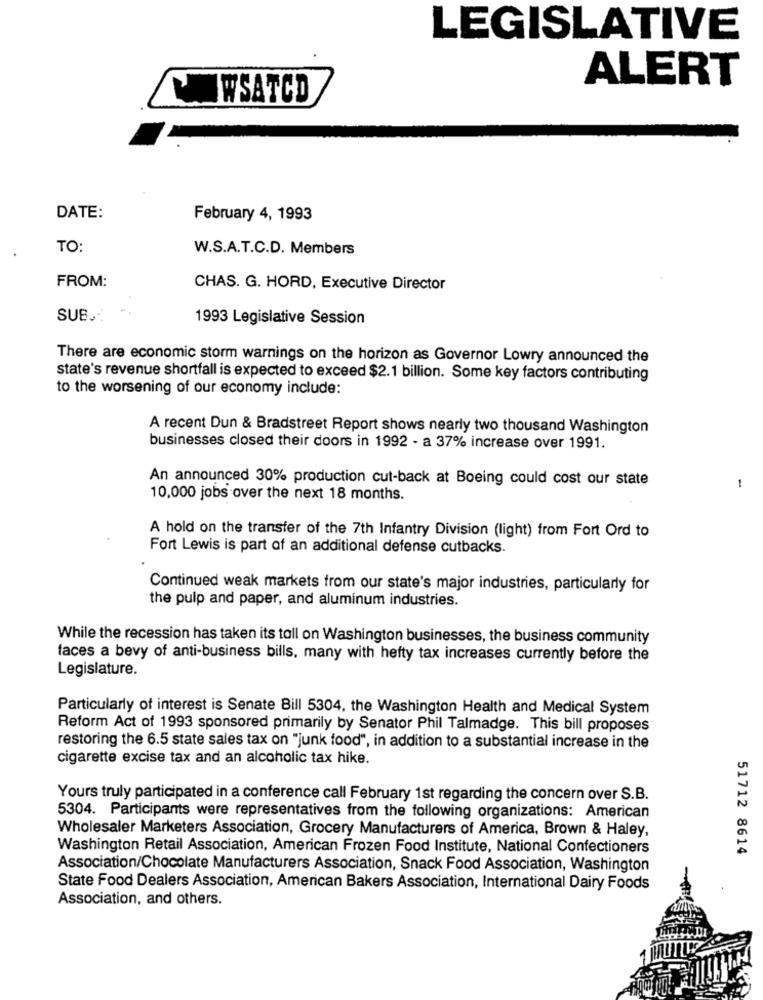
LEGISLATIVE
ALERT
WSATCD
DATE:
February 4, 1993
TO:
W.S.A.T.C.D. Members
FROM:
CHAS. G. HORD, Executive Director
SUB .:
1993 Legislative Session
There are economic storm warnings on the horizon as Governor Lowry announced the
state's revenue shortfall is expected to exceed $2.1 billion. Some key factors contributing
to the worsening of our economy include:
A recent Dun & Bradstreet Report shows nearly two thousand Washington
businesses closed their doors in 1992 - a 37% increase over 1991.
An announced 30% production cut-back at Boeing could cost our state
10,000 jobs over the next 18 months.
A hold on the transfer of the 7th Infantry Division (light) from Fort Ord to
Fort Lewis is part of an additional defense cutbacks.
Continued weak markets from our state's major industries, particularly for
the pulp and paper, and aluminum industries.
While the recession has taken its toll on Washington businesses, the business community
faces a bevy of anti-business bills, many with hefty tax increases currently before the
Legislature.
Particularly of interest is Senate Bill 5304, the Washington Health and Medical System
Reform Act of 1993 sponsored primarily by Senator Phil Talmadge. This bill proposes
restoring the 6.5 state sales tax on "junk food", in addition to a substantial increase in the
cigarette excise tax and an alcoholic tax hike.
Yours truly participated in a conference call February 1st regarding the concern over S.B.
5304. Participants were representatives from the following organizations: American
Wholesaler Marketers Association, Grocery Manufacturers of America, Brown & Haley,
Washington Retail Association, American Frozen Food Institute, National Confectioners
51712 8614
Association/Chocolate Manufacturers Association, Snack Food Association, Washington
State Food Dealers Association, American Bakers Association, International Dairy Foods
Association, and others.